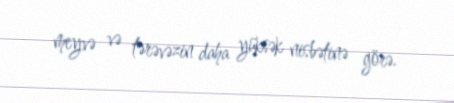
meyvə və tərəvəzin daha yüksək nisbətinə görə.